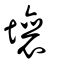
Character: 壤